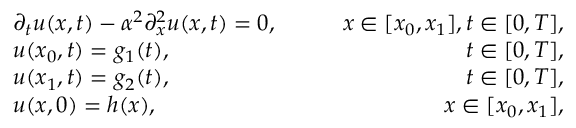
\begin{array} { r l r } & { \partial _ { t } u ( x , t ) - \alpha ^ { 2 } \partial _ { x } ^ { 2 } u ( x , t ) = 0 , \qquad } & { x \in [ x _ { 0 } , x _ { 1 } ] , t \in [ 0 , T ] , } \\ & { u ( x _ { 0 } , t ) = g _ { 1 } ( t ) , } & { t \in [ 0 , T ] , } \\ & { u ( x _ { 1 } , t ) = g _ { 2 } ( t ) , } & { t \in [ 0 , T ] , } \\ & { u ( x , 0 ) = h ( x ) , } & { x \in [ x _ { 0 } , x _ { 1 } ] , } \end{array}